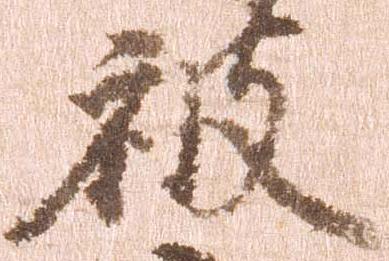
被